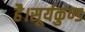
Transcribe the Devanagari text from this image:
है।सूर्यकुण्ड